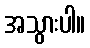
အသွားပါ။